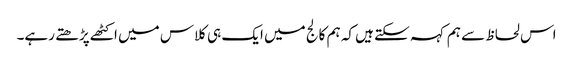
اس لحاظ سے ہم کہہ سکتے ہیں کہ ہم کالج میں ایک ہی کلاس میں اکٹھے پڑھتے رہے۔